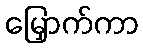
မြှောက်ကာ